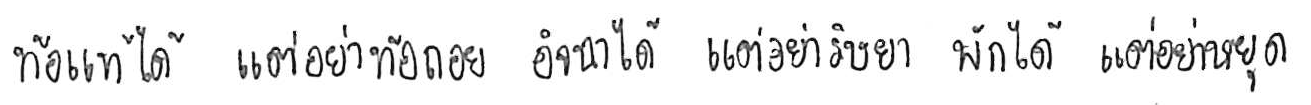
ท้อแท้ได้ แต่อย่าท้อถอย อิจฉาได้ แต่อย่าริษยา พักได้ แต่อย่าหยุด